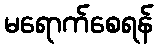
မရောက်စေရန်